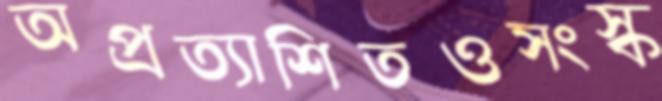
অপ্রত্যাশিতওসংস্ক